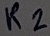
Text: R2